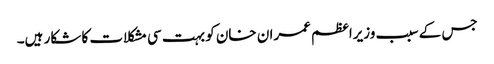
جس کے سبب وزیراعظم عمران خان کو بہت سی مشکلات کا شکار ہیں۔